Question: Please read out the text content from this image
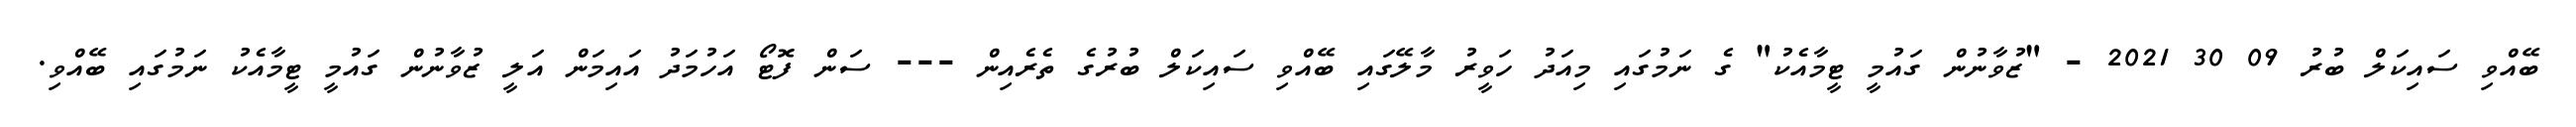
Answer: ބޭއްވި ސައިކަލް ބުރު 09 30 2021 - "ޒުވާނުން ގައުމީ ޓީމާއެކު" ގެ ނަމުގައި މިއަދު ހަވީރު މާލޭގައި ބޭއްވި ސައިކަލް ބުރުގެ ތެރެއިން --- ސަން ފޮޓޯ އަހުމަދު އައިމަން އަލީ ޒުވާނުން ގައުމީ ޓީމާއެކު ނަމުގައި ބޭއްވި.